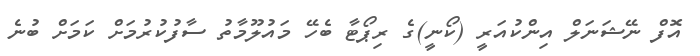
އޮފް ނޭޝަނަލް އިންކުއަރީ (ކޯނީ)ގެ ރިޕޯޓާ ބެހޭ މައުލޫމާތު ސާފުކުރުމަށް ކަމަށް ބުނެ